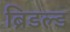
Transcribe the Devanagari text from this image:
ब्रिडल्ड